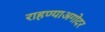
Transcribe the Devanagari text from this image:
राहण्याअगोदर